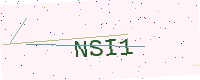
Text: NSI1